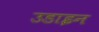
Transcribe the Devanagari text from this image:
उडाइन